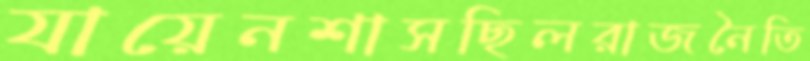
যায়েনশাসছিলরাজনৈতি